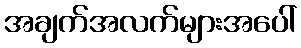
အချက်အလက်များအပေါ်